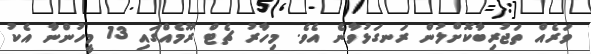
ވަރެއް ތަޖުރިބާކޮށްލުން ރަނގަޅުވާނެ އެވެ. މިހާރު ޗެޓް ރޫމެއްގައި 13 މީހުންނާ އެކު